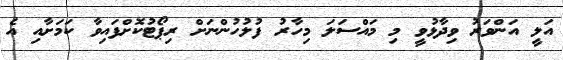
އަލީ އަންވަރު ވިދާޅުވީ މި މައްސަލަ މިހާރު ފުލުހުންނަށް ރިޕޯޓުކޮށްފައިވާ ކަމަށާއި އެ